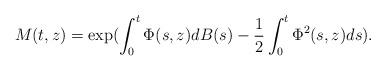
LaTeX: \begin{align*}M(t,z) = \exp( \int_0^t \Phi(s,z)dB(s) -\frac{1}{2} \int_0^t \Phi^2(s,z) ds).\end{align*}